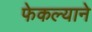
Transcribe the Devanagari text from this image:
फेकल्याने